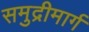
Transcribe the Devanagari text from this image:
समुद्रीमार्ग